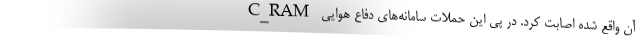
آن واقع شده اصابت کرد. در پی این حملات سامانه‌های دفاع هوایی C_RAM